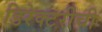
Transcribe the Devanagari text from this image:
डिरेक्टरीची